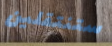
ستنتقلين